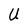
Character: U